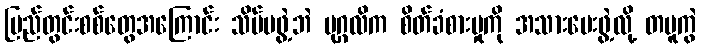
ပြည်တွင်းစစ်တွေအကြောင်း သိပ်မဖွဲ့ဘဲ ပုဂ္ဂလိက စိတ်ခံစားမှုကို အသားပေးဖွဲ့လို့ တမူကွဲ